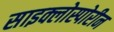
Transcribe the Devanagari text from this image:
साइक्लोस्पोरीन